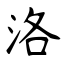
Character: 洛